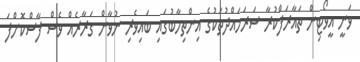
ވަނީ އީވޯޓިން ތައާރަފްކުރާ ސަރަހައްދުތަކުގެ އިންތިހާބުގައި ބައިވެރި ނުވާން ގަރާރެއް ވެސް ފާސްކޮށްފަ